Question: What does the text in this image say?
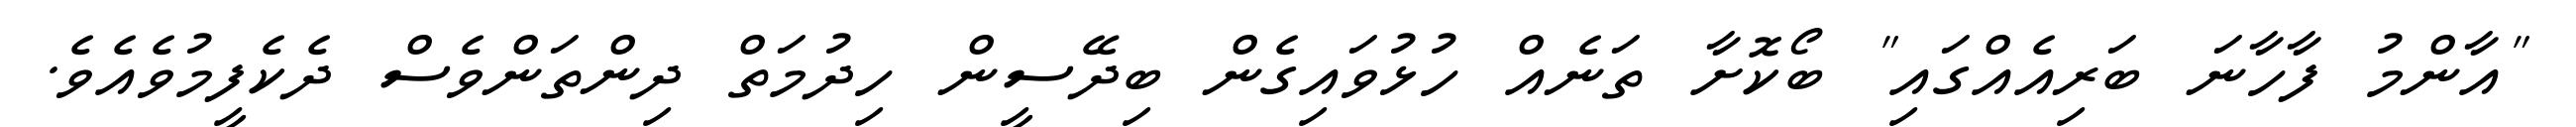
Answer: "އާންމު ފާހާނަ ބަރިއެއްގައި" ބޯކޮށާ ތަނެއް ހުޅުވައިގެން ބިދޭސީން ހިދުމަތް ދިންތަންވެސް ދެކެފީމުވެއެވެ.